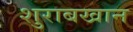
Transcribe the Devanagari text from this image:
शुराबखान